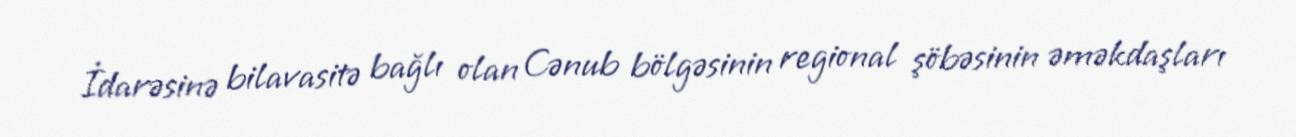
İdarəsinə bilavasitə bağlı olan Cənub bölgəsinin regional şöbəsinin əməkdaşları